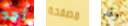
أحد مصفحة وقد